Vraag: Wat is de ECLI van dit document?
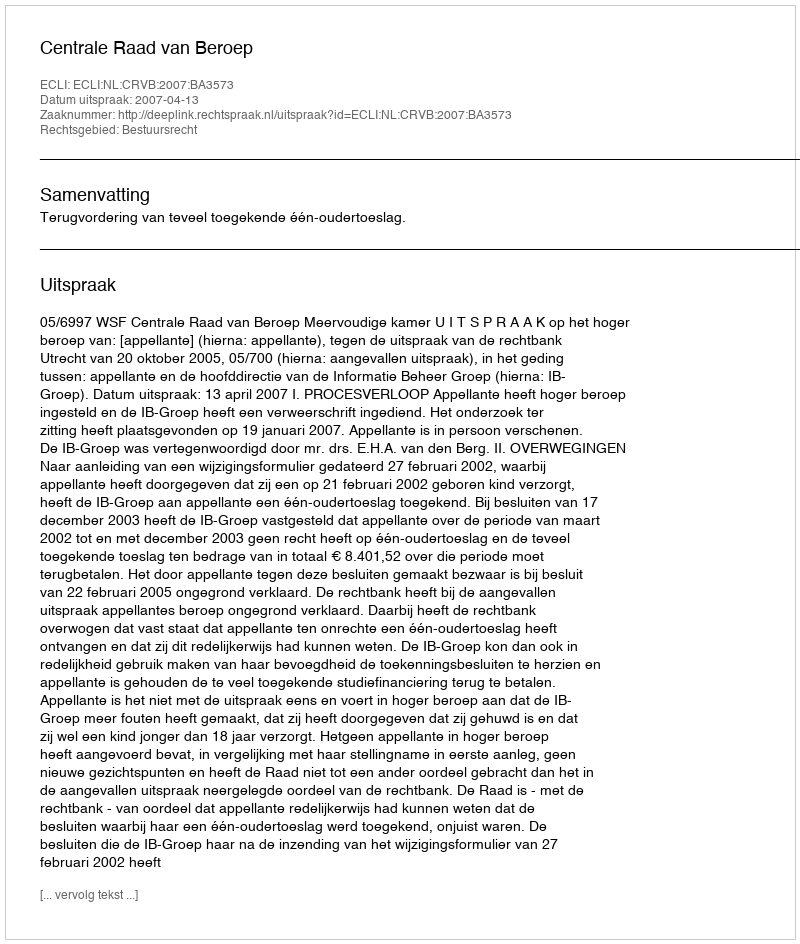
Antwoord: ECLI:NL:CRVB:2007:BA3573